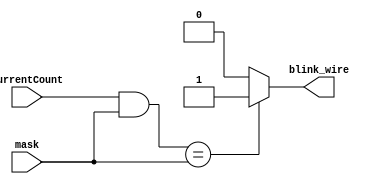
/*
 * Copyright (c) 2024 Your Name
 * SPDX-License-Identifier: Apache-2.0
 */

`default_nettype none

module blinker (
    output wire       blink_wire,   // Dedicated outputs
    input  wire[15:0]  currentCount,
    input  wire[15:0] mask          //MAKE THIS A POWER OF TWO OR YOU WILL BE VERY SAD 
);
    assign blink_wire = (currentCount & mask) == mask ? 1 : 0;

endmodule